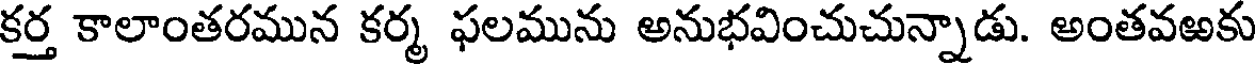
కర్త కాలాంతరమున కర్మ ఫలమును అనుభవించుచున్నాడు. అంతవఱకు